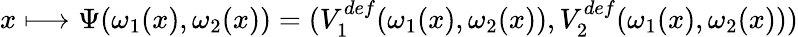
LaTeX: x\longmapsto\Psi(\omega_{1}(x),\omega_{2}(x))=(V_{1}^{def}(\omega_{1}(x),\omega_{2}(x)),V_{2}^{def}(\omega_{1}(x),\omega_{2}(x)))